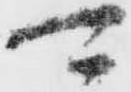
可